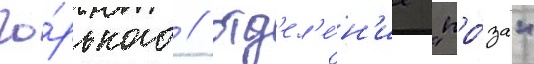
Го́рького / отд'ел'е́н'ие "про́за"